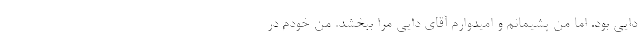
دایی بود. اما من پشیمانم و امیدوارم آقای دایی مرا ببخشد. من خودم در